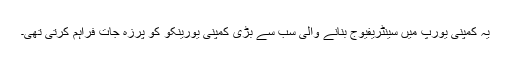
یہ کمپنی یورپ میں سینٹریفیوج بنانے والی سب سے بڑی کمپنی یورینکو کو پرزہ جات فراہم کرتی تھی۔